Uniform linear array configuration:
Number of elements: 24
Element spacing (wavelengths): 0.75
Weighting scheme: hamming
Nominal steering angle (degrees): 0
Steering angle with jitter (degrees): -1.441
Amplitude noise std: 0.05
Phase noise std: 0.05

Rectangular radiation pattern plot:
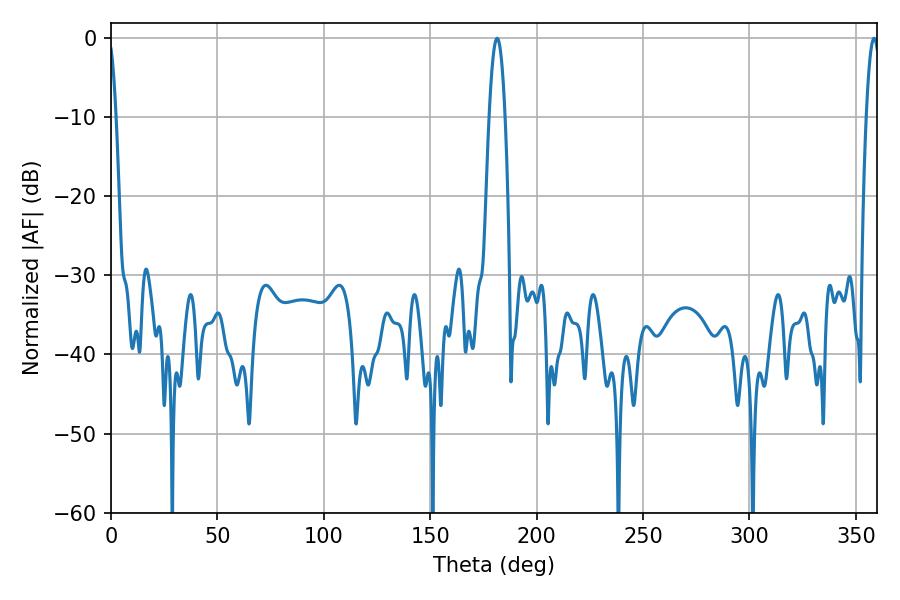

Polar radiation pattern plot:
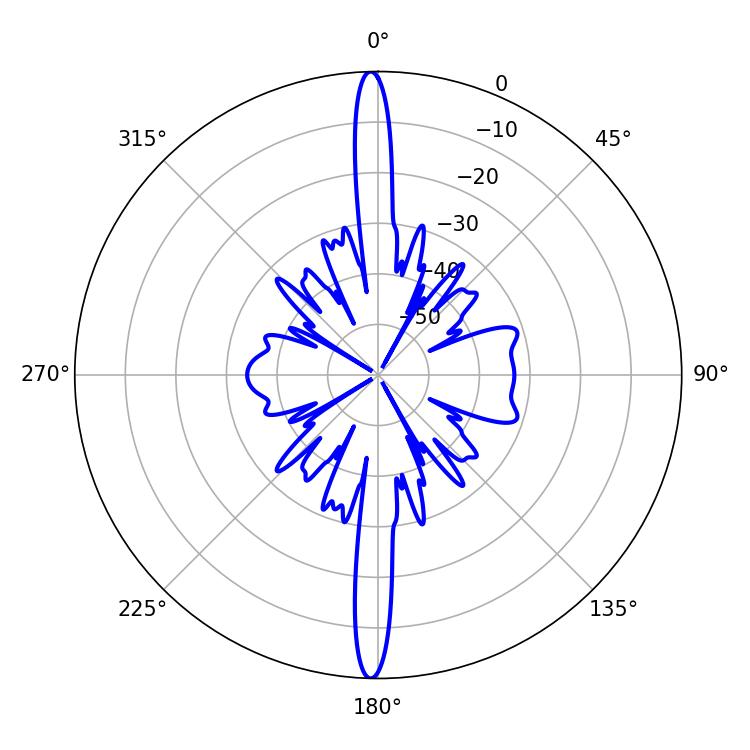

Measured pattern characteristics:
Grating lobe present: TRUE
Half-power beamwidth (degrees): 3.96
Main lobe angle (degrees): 181.44